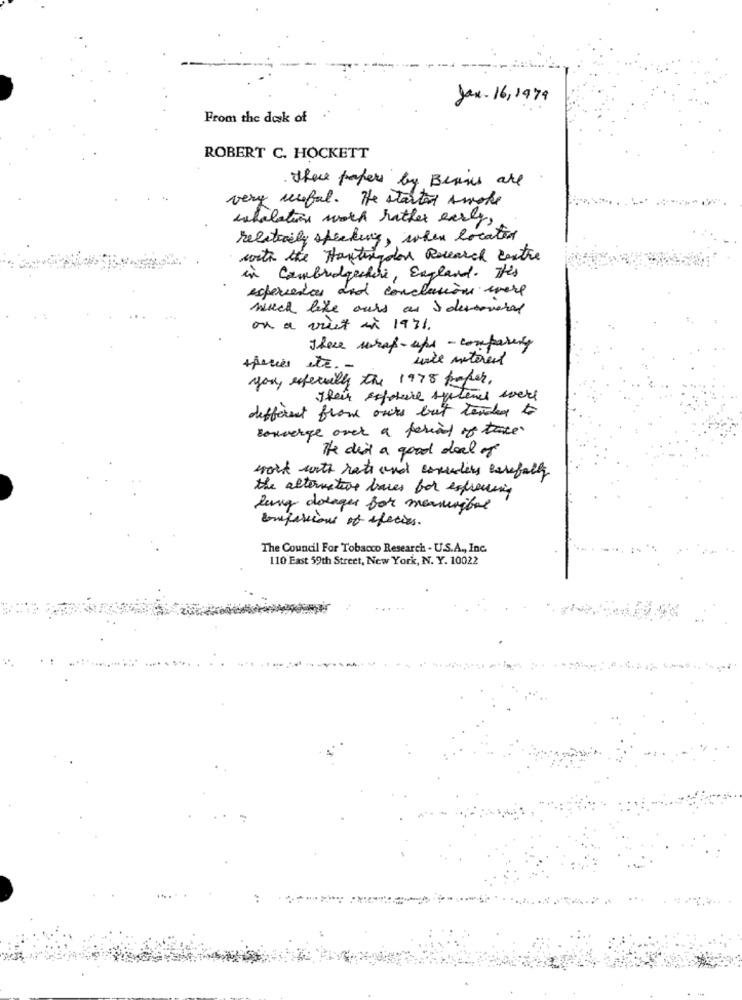
Jan- 16,1979
From the desk of
ROBERT C. HOCKETT
there papers by Beans are
very useful. He started smoke
inhalation work rather early,
relativity speaking, when location
with the Huntingalos Research Centre
in Cambridgechine, England. This
experiedas and conclusión were
much like ours as & devoavere
on a vuet à 1971.
These what-apr - comparing
tierces str.
you, referiily the 1975 paper.
Their exposure systems were
different from ours but tender to
converge over a period of tace.
The dead a good deal of
work with rate and conudity carefully
the alternative bares for expressing
lung dosages for menunbel
confessions of species.
The Council For Tobacco Research - U.S.A ., Inc.
110 East 59th Street, New York, N. Y. 10022